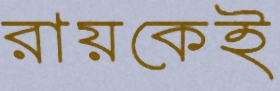
রায়কেই